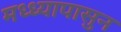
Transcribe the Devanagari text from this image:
मध्ध्यापासुन